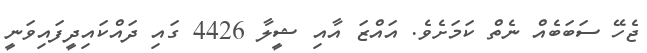
ޖެހޭ ސަބަބެއް ނެތް ކަމަށެވެ. އައްޒަ އާއި ޝީލާ 4426 ގައި ދައްކައިދީފައިވަނީ